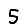
Digit: 5